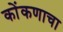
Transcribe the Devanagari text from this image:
कोंकणाचा